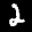
Label: 2